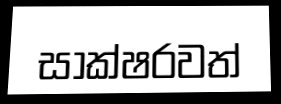
සාක්ෂරවත්